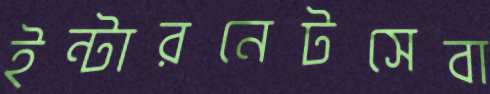
ইন্টারনেটসেবা